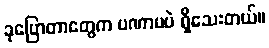
ခုပြောတာတွေက ပဏာမပဲ ရှိသေးတယ်။